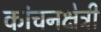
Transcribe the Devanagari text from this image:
कांचनक्षेत्री